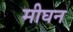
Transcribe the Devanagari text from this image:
मीघन